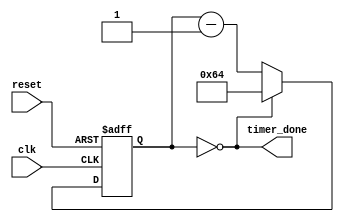
module countdown_timer (
    input wire clk,
    input wire reset,
    output reg timer_done
);

reg [7:0] counter;
parameter COUNT_DOWN_VALUE = 100;

always @(posedge clk or posedge reset) begin
    if (reset) begin
        counter <= COUNT_DOWN_VALUE;
    end else begin
        if (counter == 0) begin
            counter <= COUNT_DOWN_VALUE;
        end else begin
            counter <= counter - 1;
        end
    end
end

assign timer_done = (counter == 0);

endmodule